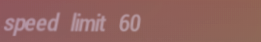
speed limit 60